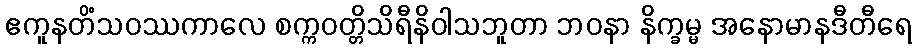
ဧကူနတိံသဝဿကာလေ စက္ကဝတ္တိသိရီနိဝါသဘူတာ ဘဝနာ နိက္ခမ္မ အနောမာနဒီတီရေ